Report of the Indian Hemp Drugs Commission, 1894-1895 - Volume II
Year: 1894
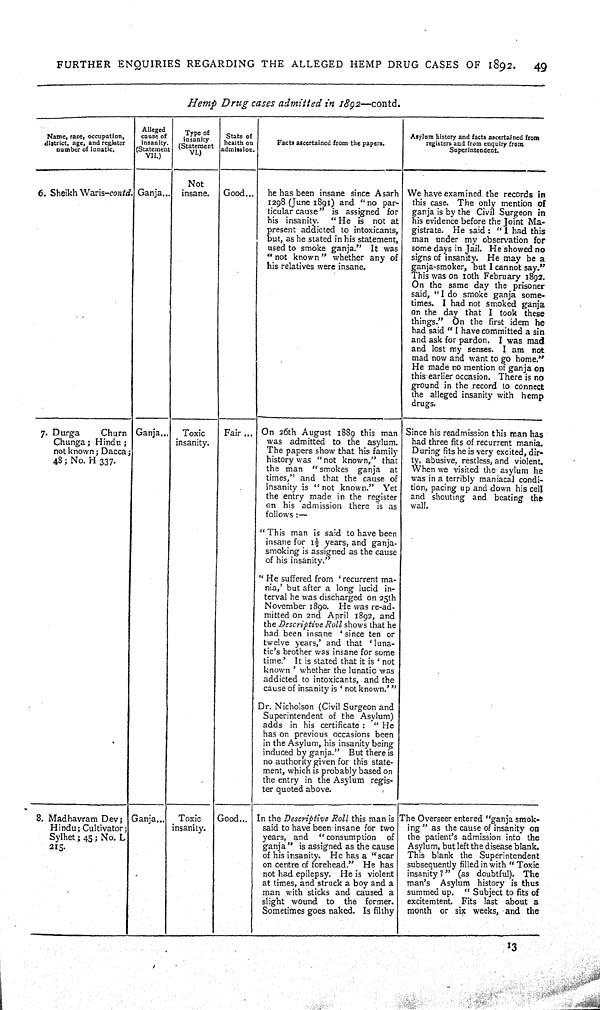
FURTHER
ENQUIRIES REGARDING
THE
ALLEGED
HEMP DRUG CASES
OF
1892.
49
Hemp
Drug
cases
admitted
in 1892—contd.
Name, race, occupation,
district, age, and register
number of lunatic.
Alleged
cause of
insanity.
(Statement
VII.)
Type of
insanity
(Statement
VI.)
State of
health on
admission.
Facts ascertained from the papers.
Asylum history and facts ascertained from
registers and from enquiry from
Superintendent.
Not
insane.
6. Sheikh Waris-contd. Ganja
Not
insane.
Good
he has been insane since Asarh
1298 (June 1891) and "no par-
ticular cause" is assigned for
his insanity.
"He
is not at
present addicted to intoxicants,
but, as he stated in his statement,
used to smoke ganja."
It was
"not known" whether any of
his relatives were insane.
We have examined the records in
this case. The only mention of
ganja is by the Civil Surgeon in
his evidence before the Joint Ma-
gistrate. He said: "I had this
man under my observation for
some days in Jail. He showed no
signs of insanity. He may be a
ganja-smoker, but I cannot say."
This was on 10th February 1892.
On the same day the prisoner
said, "I do smoke ganja some-
times. I had not smoked ganja
on the day that I took these
things."
On the first idem he
had said "I have committed a sin
and ask for pardon.
I was mad
and lost my senses. I am
not
mad now and want to go home."
He made no mention of ganja on
this earlier occasion. There is no
ground in the record to connect
the alleged insanity with
hemp
drugs.
7. Durga
Churn
Chunga; Hindu;
not known; Dacca;
48; No. H 337.
Ganja
Toxic
insanity.
Fair
On 26th August 1889 this man
was admitted to the asylum.
The papers show that his family
history was "not known," that
the man
"smokes
ganja
at
times," and that the cause of
insanity is "not known."
Yet
the entry made in the register
on his admission there is as
follows:—
"This
man is said to have been
insane for 1½ years, and ganja-
smoking is assigned as the cause
of his insanity."
"He suffered from 'recurrent ma-
nia,' but after a long lucid in-
terval he was discharged on 25th
November 1890.
He was re-ad-
mitted on 2nd April 1892, and
the Descriptive
Roll shows that he
had been insane 'since ten or
twelve years,' and that
'luna-
tic's brother was insane for some
time.'
It is stated that it is 'not
known' whether the lunatic was
addicted to intoxicants, and the
cause of insanity is 'not known.'"
Dr. Nicholson (Civil Surgeon and
Superintendent of the Asylum)
adds in his certificate:
"He
has on previous occasions been
in the Asylum, his insanity being
induced by ganja."
But there is
no authority given for this state-
ment, which is probably based on
the entry in the Asylum regis-
ter quoted above.
Since his readmission this man has
had three fits of recurrent mania.
During fits he is very excited, dir-
ty, abusive, restless, and violent.
When we visited the asylum he
was in a terribly maniacal condi-
tion, pacing up and down his cell
and shouting and beating the
wall.
8. Madhavram Dev;
Hindu; Cultivator;
Sylhet; 45; No. L
215.
Ganja
Toxic
insanity.
Good
In the Descriptive
Roll this man is
said to have been insane for two
years, and
"consumption
of
ganja" is assigned as the cause
of his insanity.
He has a
"scar
on centre of forehead."
He has
not had epilepsy.
He is violent
at times, and struck a boy and a
man with sticks and caused a
slight wound
to
the
former.
Sometimes goes naked. Is filthy
The Overseer entered "ganja smok-
ing" as the cause of insanity on
the patient's admission into the
Asylum, but left the disease blank.
This blank the
Superintendent
subsequently filled in with "Toxic
insanity?" (as doubtful).
The
man's
Asylum history is thus
summed up.
"Subject to fits of
excitemtent. Fits last about a
month or six weeks, and the
13